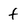
Character: f